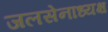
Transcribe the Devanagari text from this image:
जलसेनाध्यक्ष